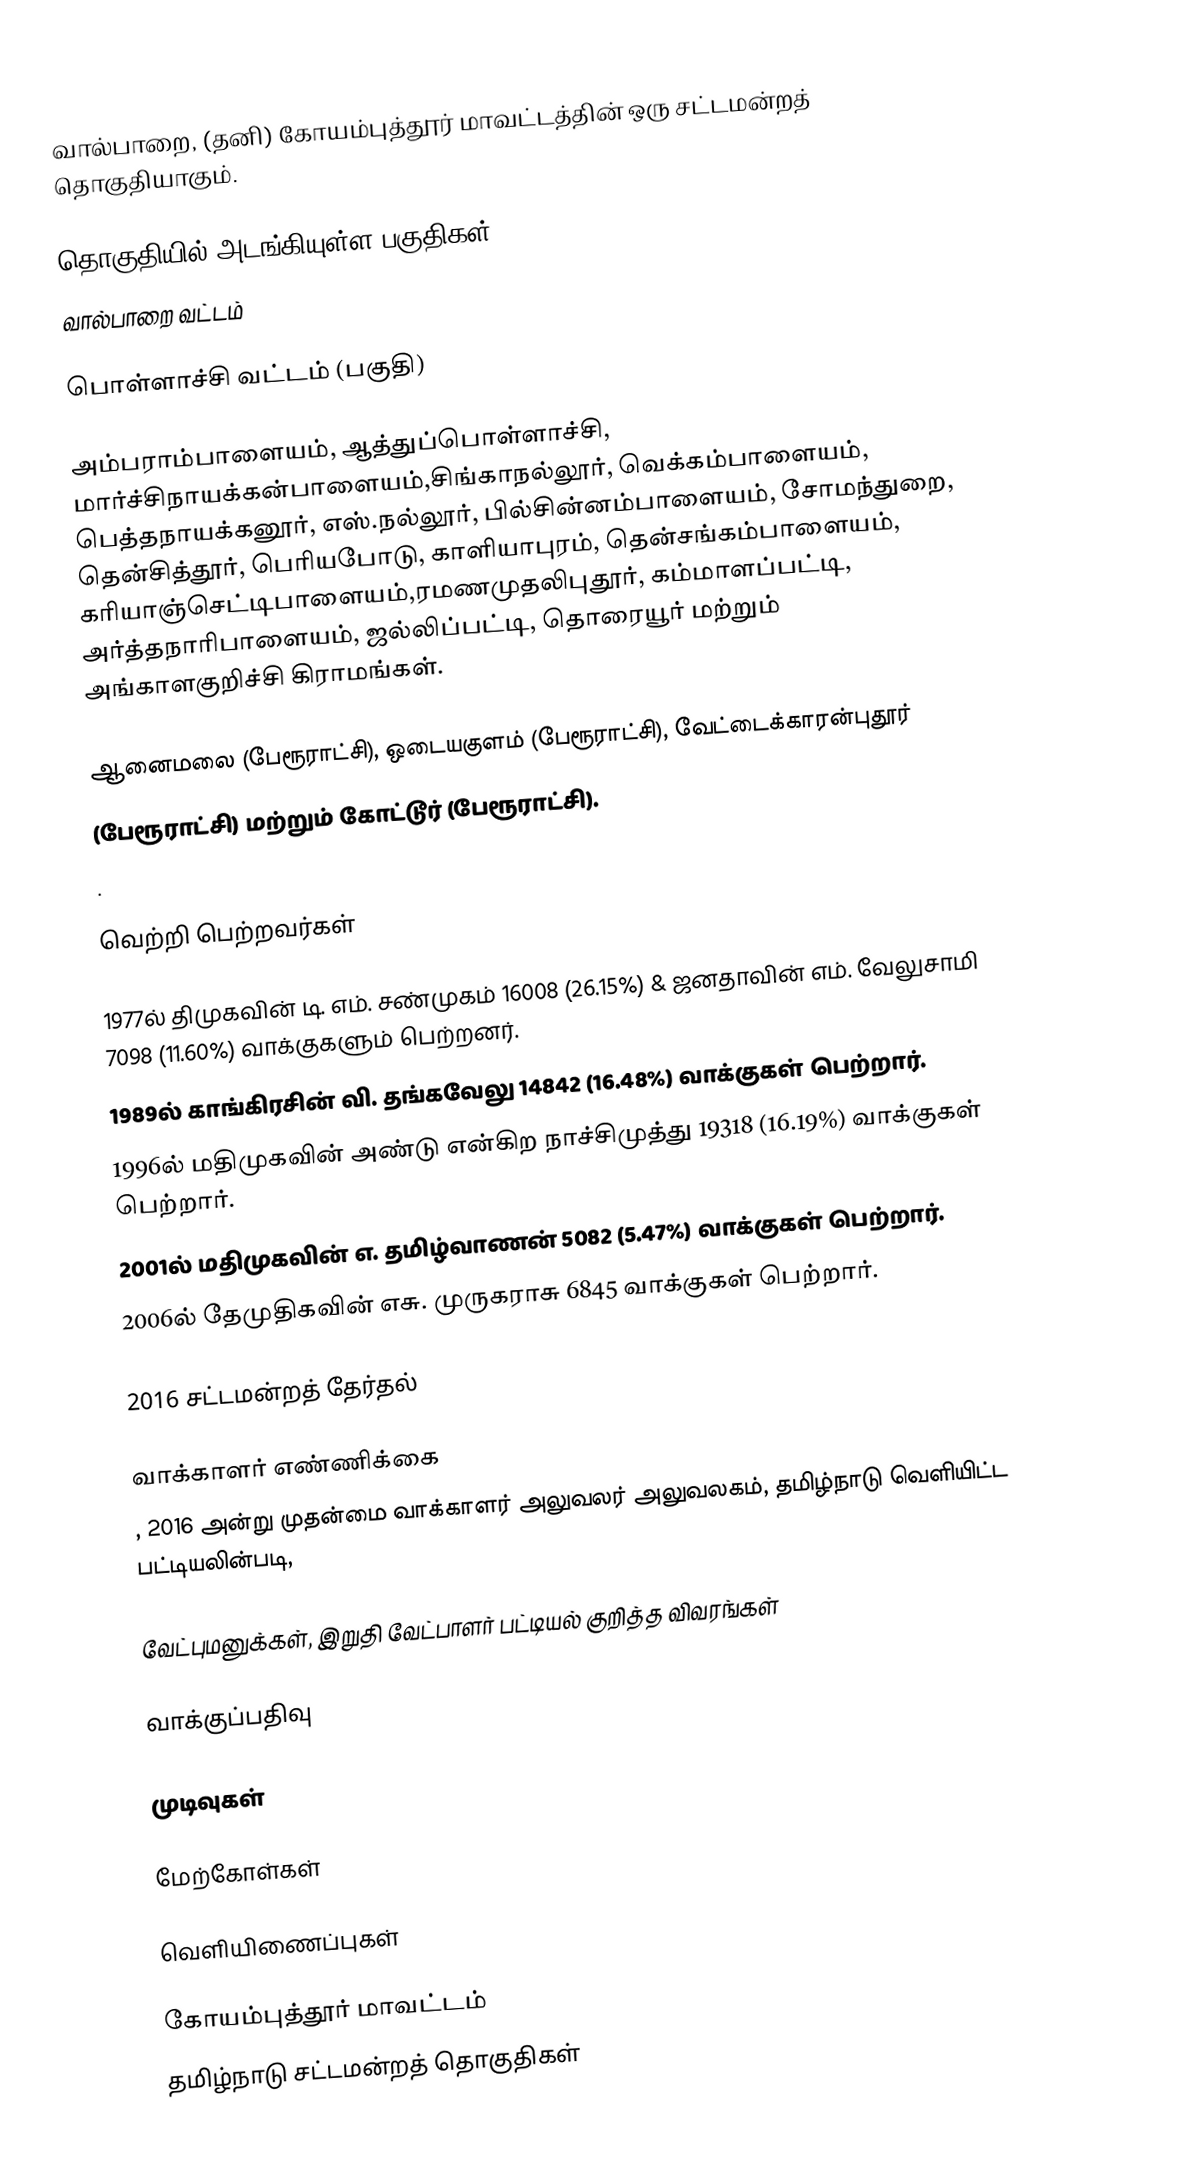
வால்பாறை, (தனி) கோயம்புத்தூர் மாவட்டத்தின் ஒரு சட்டமன்றத் தொகுதியாகும்.

தொகுதியில் அடங்கியுள்ள பகுதிகள்
 வால்பாறை வட்டம்

 பொள்ளாச்சி வட்டம் (பகுதி)

அம்பராம்பாளையம், ஆத்துப்பொள்ளாச்சி, மார்ச்சிநாயக்கன்பாளையம்,சிங்காநல்லூர், வெக்கம்பாளையம், பெத்தநாயக்கனூர், எஸ்.நல்லூர், பில்சின்னம்பாளையம், சோமந்துறை, தென்சித்தூர், பெரியபோடு, காளியாபுரம், தென்சங்கம்பாளையம், கரியாஞ்செட்டிபாளையம்,ரமணமுதலிபுதூர், கம்மாளப்பட்டி, அர்த்தநாரிபாளையம், ஜல்லிப்பட்டி, தொரையூர் மற்றும் அங்காளகுறிச்சி கிராமங்கள்.

ஆனைமலை (பேரூராட்சி), ஒடையகுளம் (பேரூராட்சி), வேட்டைக்காரன்புதூர்
(பேரூராட்சி) மற்றும் கோட்டூர் (பேரூராட்சி).
.

வெற்றி பெற்றவர்கள்

 1977ல் திமுகவின் டி. எம். சண்முகம் 16008 (26.15%) & ஜனதாவின் எம். வேலுசாமி 7098 (11.60%) வாக்குகளும் பெற்றனர்.
1989ல் காங்கிரசின் வி. தங்கவேலு 14842 (16.48%) வாக்குகள் பெற்றார்.
1996ல் மதிமுகவின்  அண்டு என்கிற நாச்சிமுத்து 19318 (16.19%) வாக்குகள் பெற்றார்.
2001ல் மதிமுகவின் எ. தமிழ்வாணன் 5082 (5.47%) வாக்குகள் பெற்றார்.
2006ல்  தேமுதிகவின் எசு. முருகராசு  6845 வாக்குகள் பெற்றார்.

2016 சட்டமன்றத் தேர்தல்

வாக்காளர் எண்ணிக்கை
, 2016 அன்று முதன்மை வாக்காளர் அலுவலர் அலுவலகம், தமிழ்நாடு வெளியிட்ட பட்டியலின்படி,

வேட்புமனுக்கள், இறுதி வேட்பாளர் பட்டியல் குறித்த விவரங்கள்

வாக்குப்பதிவு

முடிவுகள்

மேற்கோள்கள்

வெளியிணைப்புகள்

கோயம்புத்தூர் மாவட்டம்
தமிழ்நாடு சட்டமன்றத் தொகுதிகள்